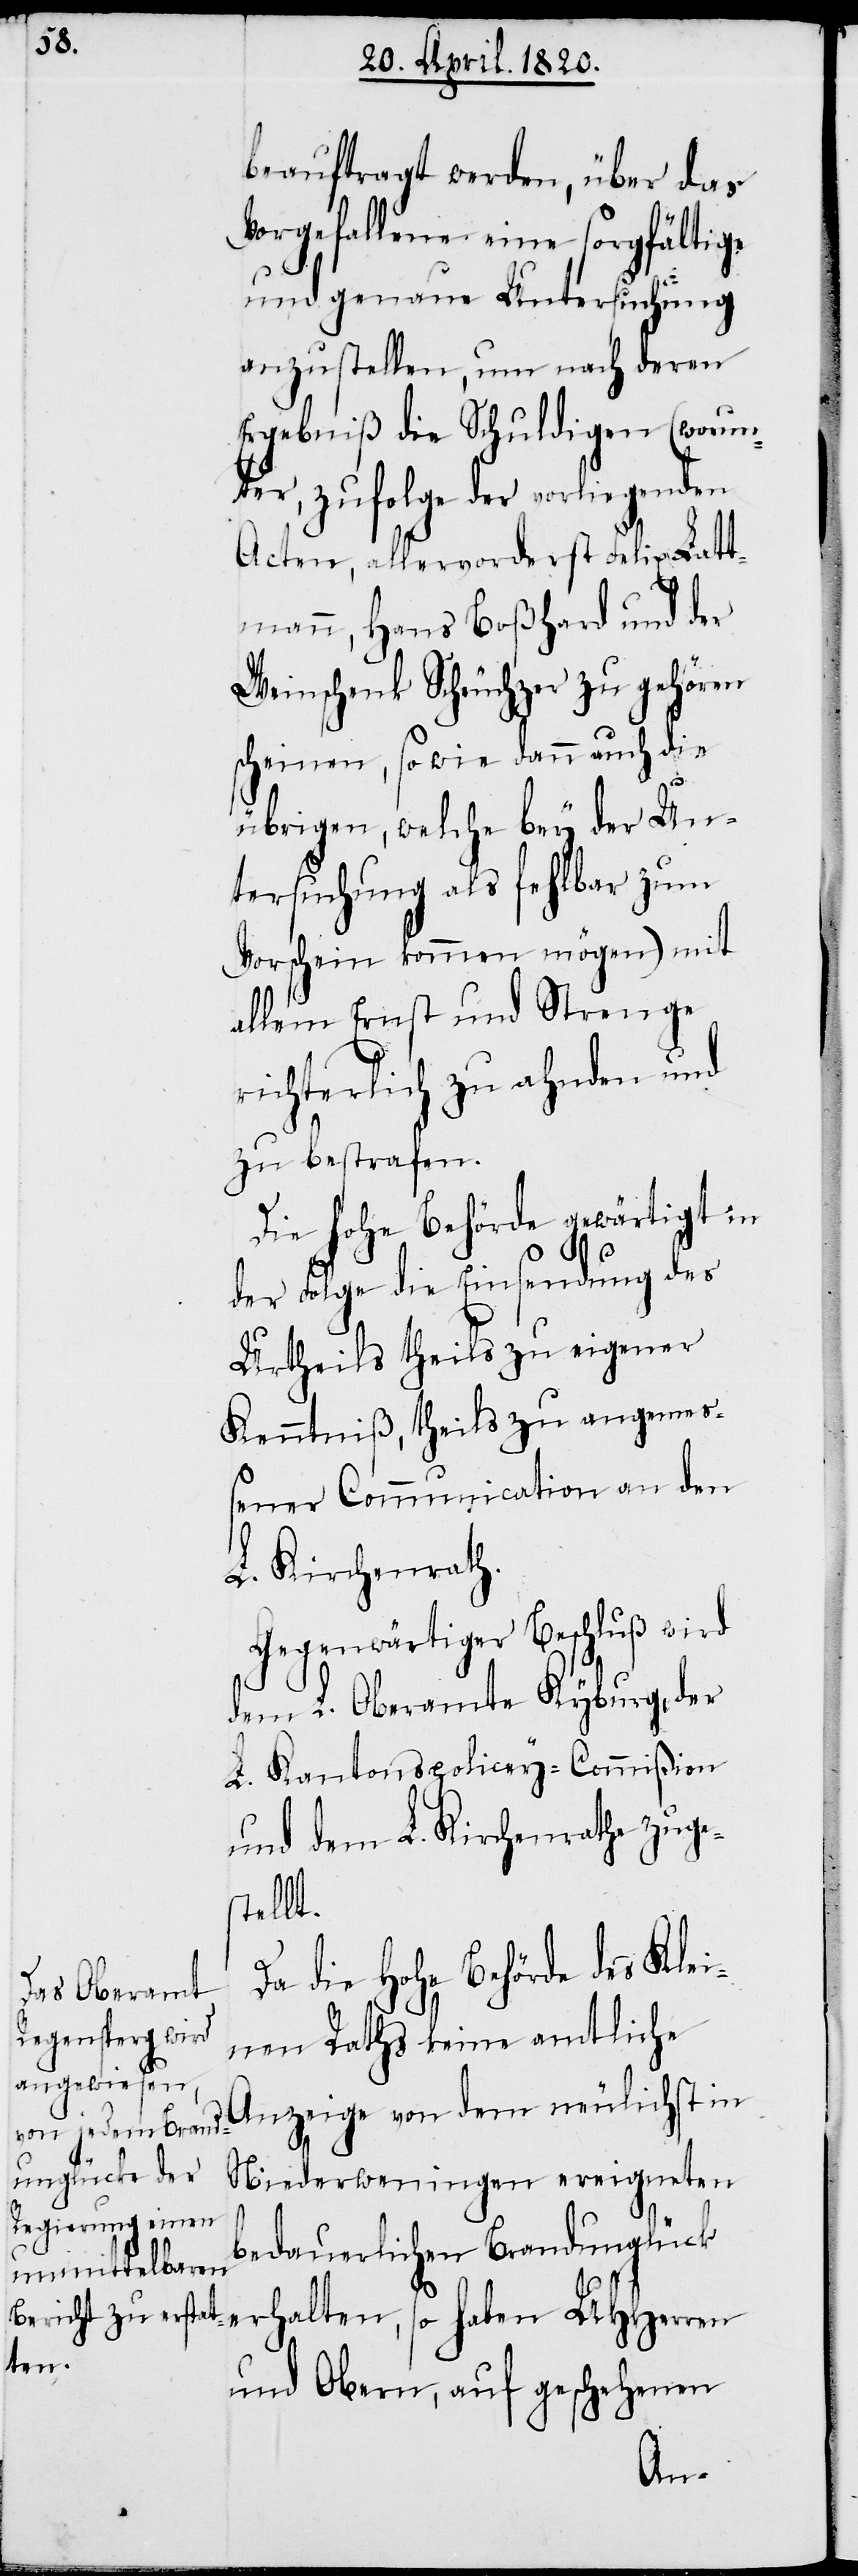
beauftragt werden, über das
Vorgefallene eine sorgfältige
und genaue Untersuchung
anzustellen, nur nach deren
Ergebniβ die Schuldigen (worun¬
ter, zufolge der vorliegenden
Acten, allenvorderst Felix Stat¬
tmann, Hans Boβhard und der
Weinschenk Scheuchzer zu gehören
scheinen, sowie dann auch die
übrigen, welche bey der Un¬
tersuchung als fehlbar zum
Vorschein kommen mögen) mit
allem Ernst und Strenge
richterlich zu ahnden und
zu bestrafen.
Die Hohe Behörde gewärtigt in
der Folge die Einsendung des
Urtheils theils zu eigener
Kenntniβ, theils zu angemes¬
sener Communication an den
L. Kirchenrath.
Gegenwärtiger Beschluβ wird
durch L. Oberamte Kyburg der
L. Kantonspolicey-Commiβion
und dem L. Kirchenrathe zuge¬
stellt.
Da die Hohe Behörde des Klei¬
nen Raths keine amtliche
Anzeige von dem neulichst in
Niederweningen ereigneten
bedauerlichen Brandunglück
und Obern, auf geschehenen